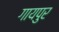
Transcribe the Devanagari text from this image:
गायपुर